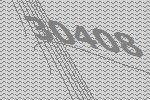
30408